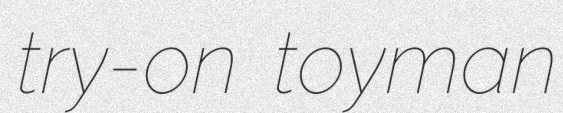
try-on toyman